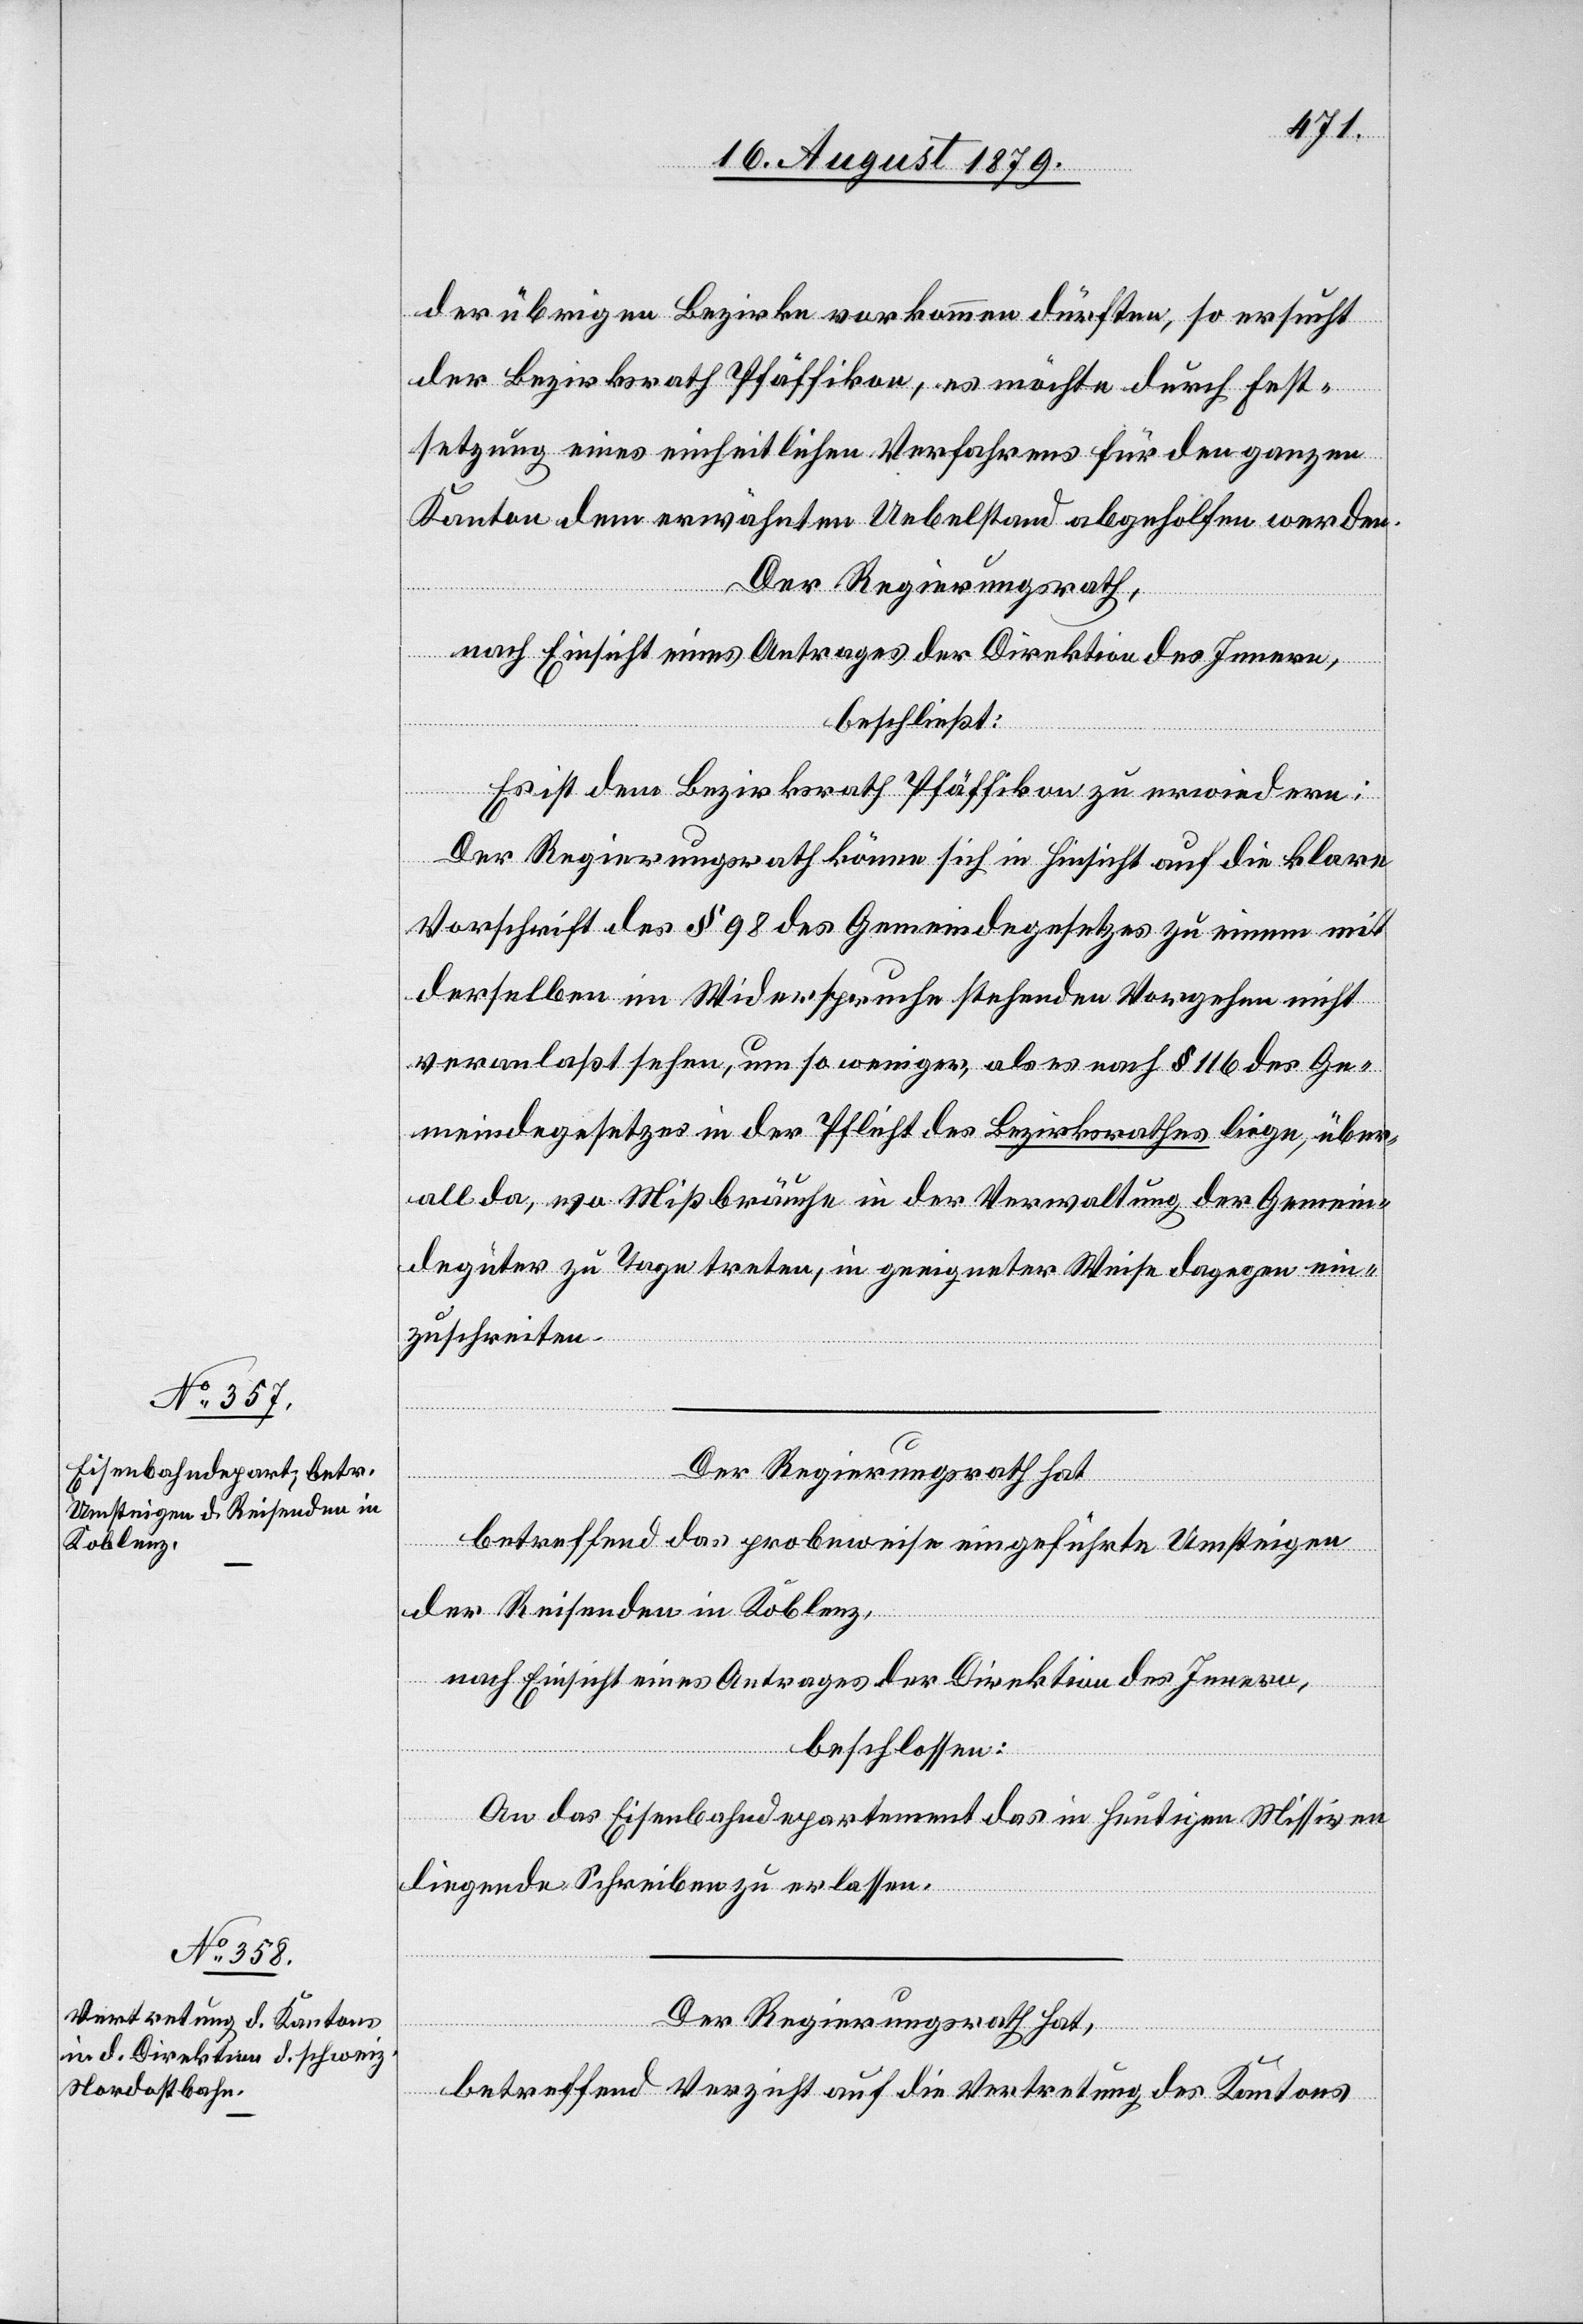
der übrigen Bezirke vorkommen dürften, so ersucht
der Bezirksrath Pfäffikon, es möchte durch Fest¬
setzung eines richterlichen Verfahrens für den ganzen
Kanton dem erwähnten Uebelstand abgeholfen werden.
Der Regierungsrath,
nach Einsicht eines Antrages der Direktion des Innern,
beschließt:
Es ist dem Bezirksrath Pfäffikon zu erwiedern:
Der Regierungsrath könne sich in Hinsicht auf die klare
Vorschrift des § 98 des Gemeindegesetzes zu einem mit
derselben im Widerspruche stehenden Vorgehen nicht
veranlaßt sehen, um so weniger, als es nach § 116 des Ge¬
meindegesetzes in der Pflicht des Bezirksrathes liege, über¬
all da, wo Missbräuche in der Verwaltung der Gemein¬
degüter zu Tage treten, in geeigneter Weise dagegen ein¬
zuschreiten.
Der Regierungsrath hat
betreffend das probeweise eingeführte Umsteigen
der Reisenden in Koblenz,
nach Einsicht eines Antrages der Direktion des Innern,
beschlossen:
An das Eisenbahndepartement das in heutigen Missiven
liegende Schreiben zu erlassen.
Der Regierungsrath hat,
betreffend Verzicht auf die Vertretung des Kantons